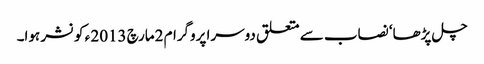
چل پڑھا‘ نصاب سے متعلق دوسرا پروگرام 2مارچ 2013 ء کو نشر ہوا۔